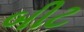
બીટ